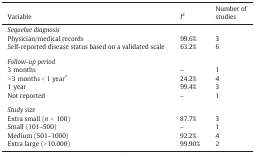
<table><thead><tr><td><b>Variable</b></td><td><b><i>I</i><sup>2</sup></b></td><td><b>Number of studies</b></td></tr></thead><tbody><tr><td colspan="3"><i>Sequelae diagnosis</i></td></tr><tr><td>Physician/medical records</td><td>99.6%</td><td>3</td></tr><tr><td>Self-reported disease status based on a validated scale</td><td>63.2%</td><td>6</td></tr><tr><td colspan="3">  </td></tr><tr><td colspan="3"><i>Follow-up period</i></td></tr><tr><td>3 months</td><td>–</td><td>1</td></tr><tr><td>&gt; 3 months &lt; 1 year⁎</td><td>24.2%</td><td>4</td></tr><tr><td>1 year</td><td>99.4%</td><td>3</td></tr><tr><td>Not reported</td><td>–</td><td>1</td></tr><tr><td colspan="3">  </td></tr><tr><td colspan="3"><i>Study size</i></td></tr><tr><td>Extra small (<i>n</i> &lt; 100)</td><td>87.7%</td><td>3</td></tr><tr><td>Small (101–500)</td><td>–</td><td>1</td></tr><tr><td>Medium (501–1000)</td><td>92.2%</td><td>4</td></tr><tr><td>Extra large (&gt; 10.000)</td><td>99.90%</td><td>2</td></tr></tbody></table>